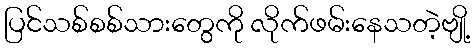
ပြင်သစ်စစ်သားတွေကို လိုက်ဖမ်းနေသတဲ့ဗျို့